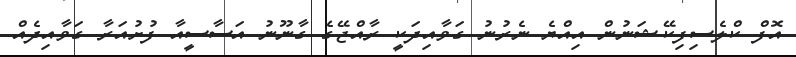
އޮފް ކްލެސިފިކޭޝަނުން އިއްޔެ ނެރުނު ގަވާއިދަކީ ރާއްޖޭގެ ގާނޫނު އަސާސީއާ ފުށުއަރާ ގަވާއިދެއް